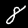
Digit: 8